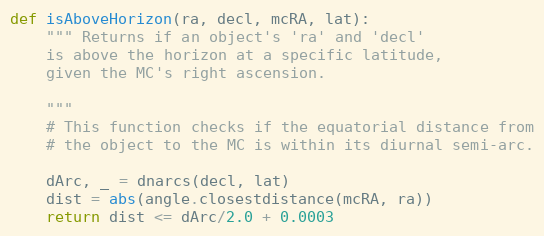
Language: Python
def isAboveHorizon(ra, decl, mcRA, lat):
    """ Returns if an object's 'ra' and 'decl'
    is above the horizon at a specific latitude,
    given the MC's right ascension.

    """
    # This function checks if the equatorial distance from
    # the object to the MC is within its diurnal semi-arc.

    dArc, _ = dnarcs(decl, lat)
    dist = abs(angle.closestdistance(mcRA, ra))
    return dist <= dArc/2.0 + 0.0003